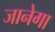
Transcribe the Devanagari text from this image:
जानेगा